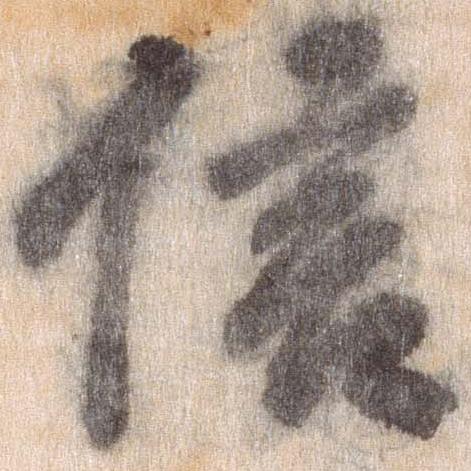
信